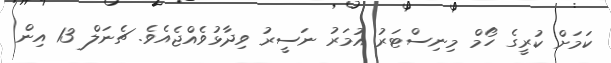
ކަމަށް ކުރީގެ ހޯމް މިނިސްޓަރު އުމަރު ނަސީރު ވިދާޅުވެއްޖެއެވެ. ޗެނަލް 13 އިން